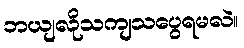
ဘယျလိုသကျသပွေရမလဲ။